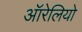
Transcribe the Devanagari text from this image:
ऑरेलियो